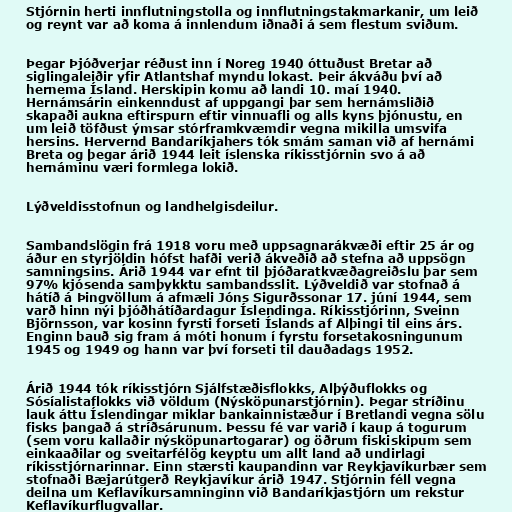
Stjórnin herti innflutningstolla og innflutningstakmarkanir, um leið
og reynt var að koma á innlendum iðnaði á sem flestum sviðum.

Þegar Þjóðverjar réðust inn í Noreg 1940 óttuðust Bretar að
siglingaleiðir yfir Atlantshaf myndu lokast. Þeir ákváðu því að
hernema Ísland. Herskipin komu að landi 10. maí 1940.
Hernámsárin einkenndust af uppgangi þar sem hernámsliðið
skapaði aukna eftirspurn eftir vinnuafli og alls kyns þjónustu, en
um leið töfðust ýmsar stórframkvæmdir vegna mikilla umsvifa
hersins. Hervernd Bandaríkjahers tók smám saman við af hernámi
Breta og þegar árið 1944 leit íslenska ríkisstjórnin svo á að
hernáminu væri formlega lokið.

Lýðveldisstofnun og landhelgisdeilur.

Sambandslögin frá 1918 voru með uppsagnarákvæði eftir 25 ár og
áður en styrjöldin hófst hafði verið ákveðið að stefna að uppsögn
samningsins. Árið 1944 var efnt til þjóðaratkvæðagreiðslu þar sem
97% kjósenda samþykktu sambandsslit. Lýðveldið var stofnað á
hátíð á Þingvöllum á afmæli Jóns Sigurðssonar 17. júní 1944, sem
varð hinn nýi þjóðhátíðardagur Íslendinga. Ríkisstjórinn, Sveinn
Björnsson, var kosinn fyrsti forseti Íslands af Alþingi til eins árs.
Enginn bauð sig fram á móti honum í fyrstu forsetakosningunum
1945 og 1949 og hann var því forseti til dauðadags 1952.

Árið 1944 tók ríkisstjórn Sjálfstæðisflokks, Alþýðuflokks og
Sósíalistaflokks við völdum (Nýsköpunarstjórnin). Þegar stríðinu
lauk áttu Íslendingar miklar bankainnistæður í Bretlandi vegna sölu
fisks þangað á stríðsárunum. Þessu fé var varið í kaup á togurum
(sem voru kallaðir nýsköpunartogarar) og öðrum fiskiskipum sem
einkaaðilar og sveitarfélög keyptu um allt land að undirlagi
ríkisstjórnarinnar. Einn stærsti kaupandinn var Reykjavíkurbær sem
stofnaði Bæjarútgerð Reykjavíkur árið 1947. Stjórnin féll vegna
deilna um Keflavíkursamninginn við Bandaríkjastjórn um rekstur
Keflavíkurflugvallar.